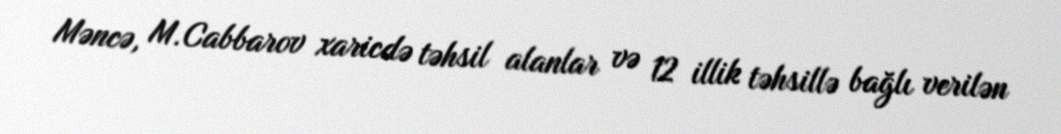
Məncə, M.Cabbarov xaricdə təhsil alanlar və 12 illik təhsillə bağlı verilən